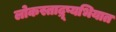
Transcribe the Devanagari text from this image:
लोकस्ताद्रूप्यभियात